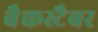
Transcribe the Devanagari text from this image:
बैकस्टैबर